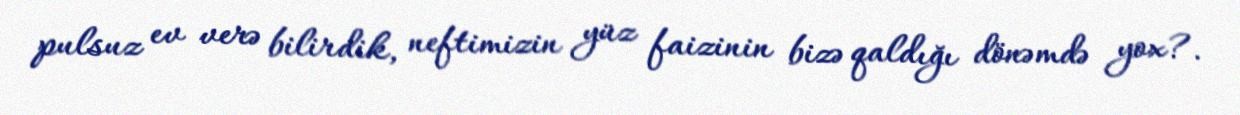
pulsuz ev verə bilirdik, neftimizin yüz faizinin bizə qaldığı dönəmdə yox?.